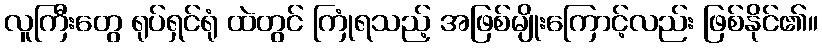
လူကြီးတွေ ရုပ်ရှင်ရုံ ထဲတွင် ကြုံရသည့် အဖြစ်မျိုးကြောင့်လည်း ဖြစ်နိုင်၏။